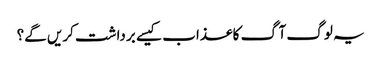
یہ لوگ آگ کا عذاب کیسے برداشت کریں گے؟